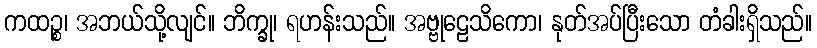
ကထဉ္စ၊ အဘယ်သို့လျင်။ ဘိက္ခု၊ ရဟန်းသည်။ အဗ္ဗုဠေသိကော၊ နုတ်အပ်ပြီးသော တံခါးရှိသည်။